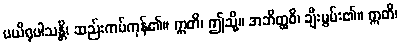
ပယိရုပါသန္တိ၊ ဆည်းကပ်ကုန်၏။ ဣတိ၊ ဤသို့။ အဘိတ္ထဝိ၊ ချီးမွမ်း၏။ ဣတိ၊